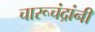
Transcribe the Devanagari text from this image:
चारूचंद्रांनी